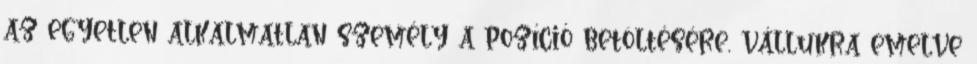
az egyetlen alkalmatlan személy a pozíció betöltésére, vállukra emelve